Scientific memoirs by medical officers of the Army of India - Part XI,
Year: 1898
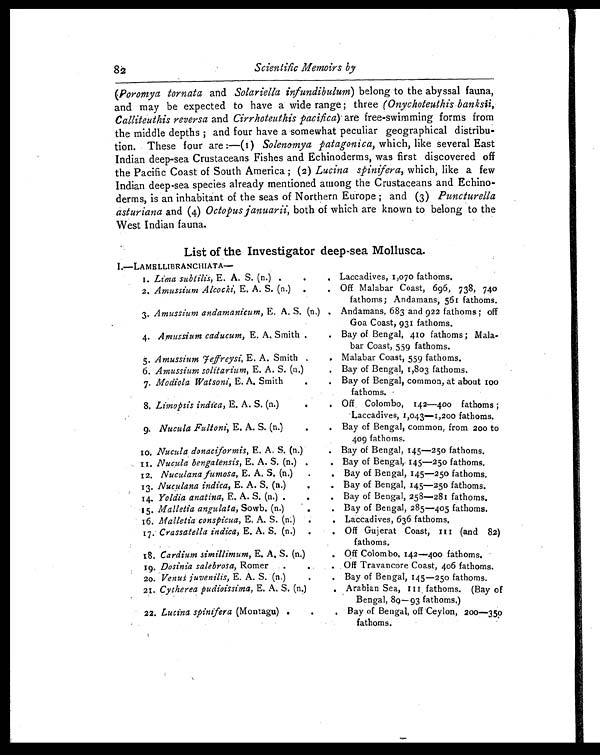
Scientific Memoirs by
(Poromya tornata and Solariella infundibulum) belong to the abyssal fauna,
and may be expected to have a wide range ; three ( Onychoteuthis banksii,
Calliteuthis reversa and Cirrhoteuthis pacifica) are free-swimming forms from
the middle depths ; and four have a somewhat peculiar geographical distribu-
tion. These four are :—(1) Solenomya patagonica, which, like several East
Indian deep-sea Crustaceans Fishes and Echinoderms, was first discovered off
the Pacific Coast of South America ; (2) Lucina spinifera,w h i c h , l i k e a f e w
Indian deep-sea species already mentioned among the Crustaceans and Echino-
derms, is an inhabitant of the seas of Northern Europe ; and (3) Puncturella
a s t u r i a n a
a n d ( 4 )
O c t o p u s j a n u a r i i ,
b o t h o f w h i c h a r e k n o w n t o b e l o n g t o t h e
West Indian fauna.
List of the Investigator deep-sea Mollusca.
I . — L A M E L L I B R A N C H I A T A —
.1. L i m a s u b t i l i s ,
E . A . S . ( n . )
. .
Laccadives, 1,070 fathoms.
2. Amussium Alcocki, E. A. S. (n.) .
. Off Malabar Coast, 696, 738, 740
fathoms; Andamans, 561 fathoms.
3. Amussium andamanicum, E. A. S. (n.) . Andamans, 683 and 922 fathoms ; off
Goa Coast, 931 fathoms.
4. Amussium caducum, E. A. Smith .
. Bay of Bengal, 410 fathoms ; Mala-
bar Coast, 559 fathoms.
5. Amussium feffreysi, E. A. Smith
. Malabar Coast, 559 fathoms.
6. Amussium solitarium, E. A. S. (n.)
. Bay of Bengal, 1,803 fathoms.
7. Modiola Watsoni, E. A. Smith . . Bay of Bengal, common, at about
100 fathoms.
8. Limopsis indica, E. A. S. (n.)
.
. Off .
Colombo, 142—400 fathoms ;
• Laccadives, 1,043—1,200 fathoms.
.
9. Nucula Fultoni, E. A. S. (n.). Bay of Bengal, common, from 200 to
409 fathoms.
10. Nucula donaciformis, E. A. S. (n.) . Bay of Bengal, 145—250 fathoms.
11. Nucula bengalensis, E. A. S. (n.) . . Bay of Bengal,. 145—250 fathoms.
12. Nuculana fumosa, E. A. S. (n.)
. Bay of Bengal, 145—250 fathoms.
13. Nuculana indica, E. A. S. (n.)
.
. Bay of Bengal, 145—250 fathoms.
14. Yoldia anatina, E. A. S. (n.) .
.
. Bay of Bengal, 258—. 281 fathoms.
15. Malletia angulata, Sowb. (n.)
.
. Bay of Bengal, 285—405 fathoms.
16. Malletia conspicua, E. A. S. (n) .
. Laccadives, 636 fathoms.
17. Crassatella indica, E. A. S. (n.) .
. Off Gujerat Coast, 111 (and 82)
fathoms.
18. Cardium simillimum, E. A, S. (n.) . Off Colombo, 142—400 fathoms.
19. Dosinia salebrosa, Romer
.
. Off Travancore Coast, 406 fathoms.
20. Venus juvenilis, E. A. S. (n.). Bay of Bengal, 145—250 fathoms.
21. Cytherea pudioissima, E. A. S. (n.)
. Arabian Sea, III . fathoms. (Bay of
Bengal, 89— 93 fathoms.)
22. Lucina spinifera (Montagu) . .
Bay of Bengal, off Ceylon, 200
—350
fathoms.
82